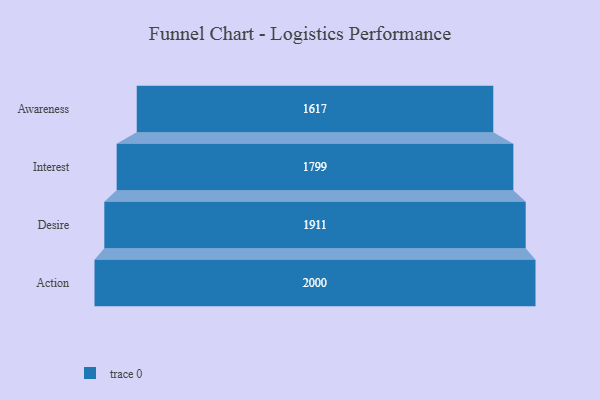
{"axis": {"x": "Stage", "y": "Value"}, "legend": [""], "data": [{"x": "Awareness", "y": 1617.0, "type": ""}, {"x": "Interest", "y": 1799.0, "type": ""}, {"x": "Desire", "y": 1911.0, "type": ""}, {"x": "Action", "y": 2000, "type": ""}]}